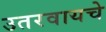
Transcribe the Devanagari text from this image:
उतरवायचे